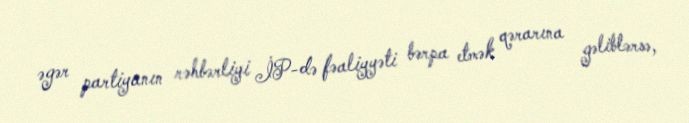
əgər partiyanın rəhbərliyi İP-də fəaliyyəti bərpa etmək qərarına gəliblərsə,